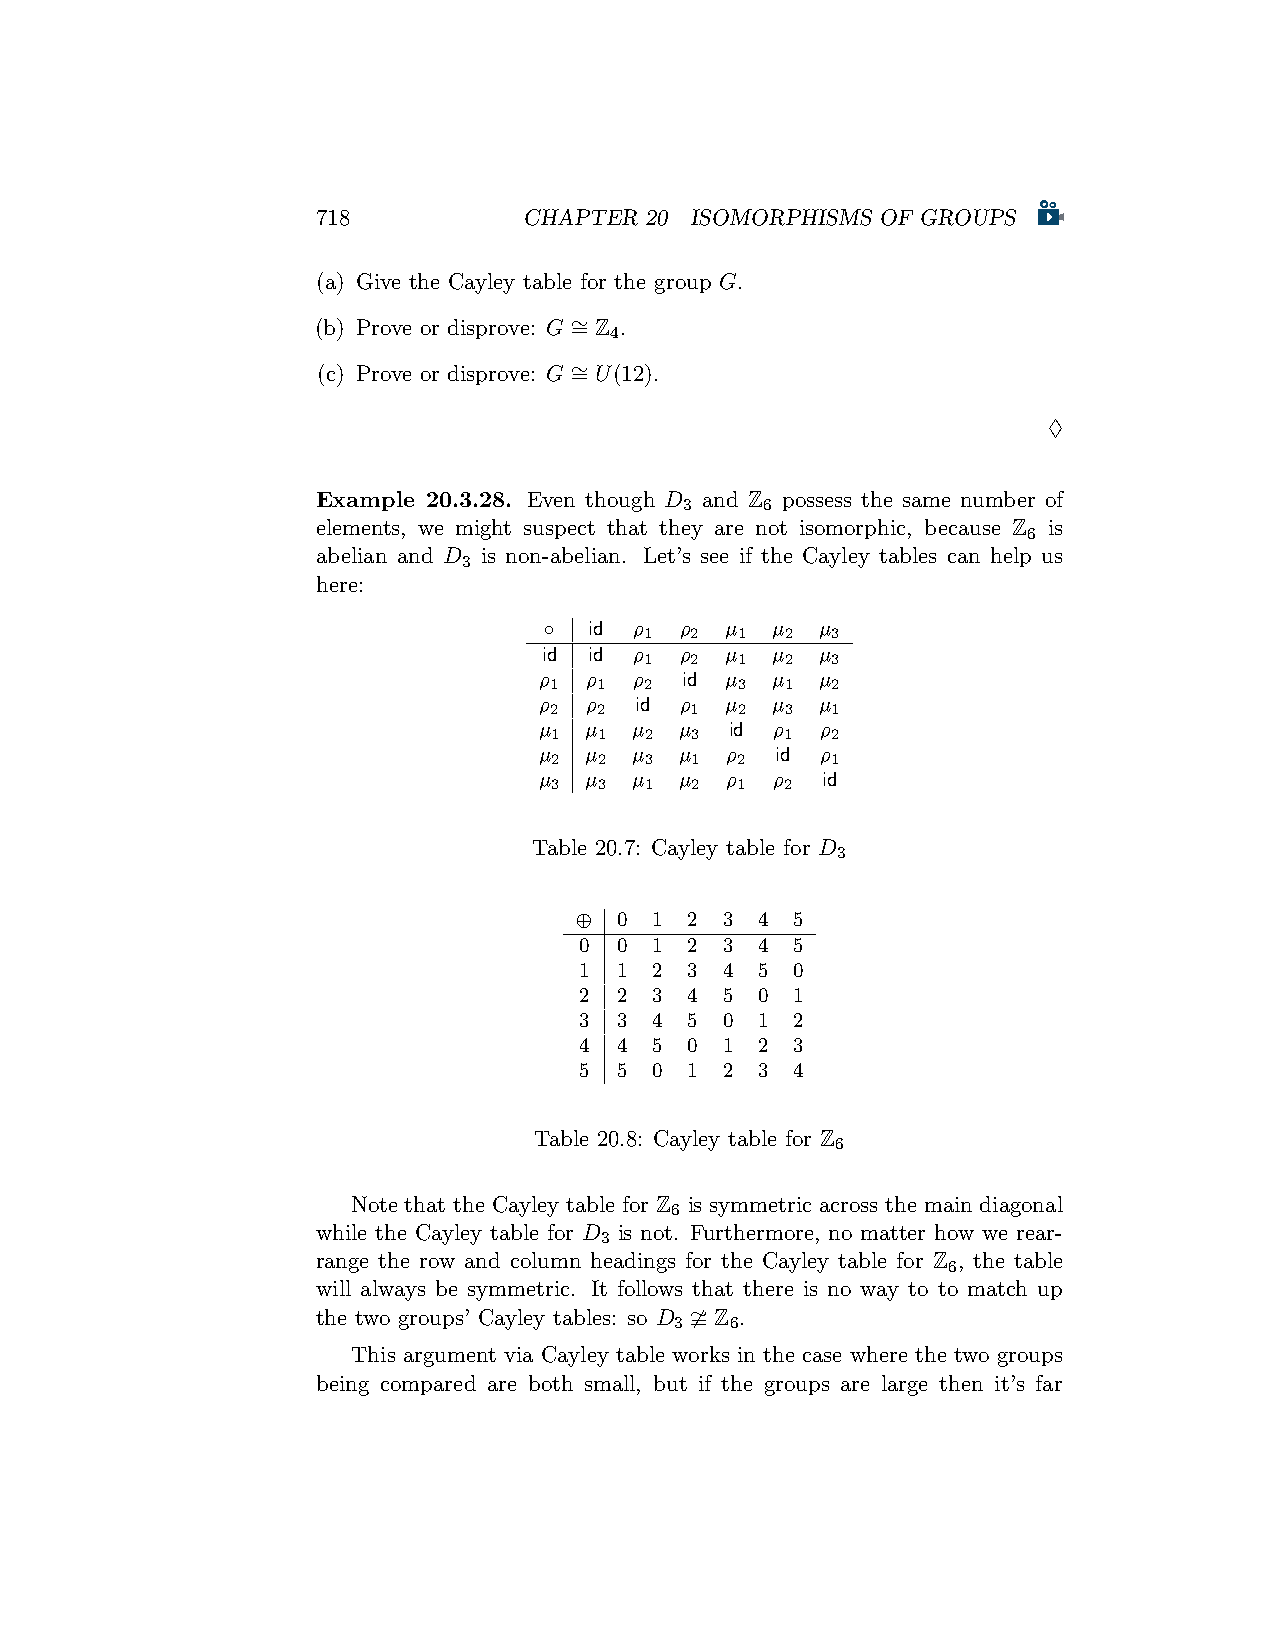
718           CHAPTER 20 ISOMORPHISMS OF GROUPS
 (a) Give the Cayley table for the group G.
 (b) Prove or disprove: G ∼ = Z .
 4
 ∼
 (c) Prove or disprove: G = U(12).
 ♢
 Example 20.3.28. Even though D and Z possess the same number of
 3     6
 elements, we might suspect that they are not isomorphic, because Z is
 6
 abelian and D is non-abelian. Let’s see if the Cayley tables can help us
 3
 here:
 ◦  id ρ  ρ  µ  µ  µ
 1  2  1  2  3
 id id ρ  ρ  µ  µ  µ
 1  2  1  2  3
 ρ  ρ  ρ  id µ  µ  µ
 1   1  2     3  1  2
 ρ  ρ  id ρ  µ  µ  µ
 2   2     1  2  3  1
 µ  µ  µ  µ  id ρ  ρ
 1   1  2  3     1  2
 µ  µ  µ  µ  ρ  id ρ
 2   2  3  1  2     1
 µ  µ  µ  µ  ρ  ρ  id
 3   3  1  2  1  2
 Table 20.7: Cayley table for D
 3
 ⊕  0 1  2 3 4  5
 0  0 1  2 3 4  5
 1  1 2  3 4 5  0
 2  2 3  4 5 0  1
 3  3 4  5 0 1  2
 4  4 5  0 1 2  3
 5  5 0  1 2 3  4
 Table 20.8: Cayley table for Z
 6
 Note that the Cayley table for Z is symmetric across the main diagonal
 6
 while the Cayley table for D is not. Furthermore, no matter how we rear-
 3
 range the row and column headings for the Cayley table for Z , the table
 6
 will always be symmetric. It follows that there is no way to to match up
 the two groups’ Cayley tables: so D ≇ Z .
 3  6
 This argument via Cayley table works in the case where the two groups
 being compared are both small, but if the groups are large then it’s far